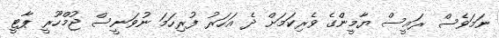
ނަމަވެސް ރައީސް ޔާމީންގެ ވެރިކަމަށް ދެ އަހަރު ފުރިހަމަ ނުވަނީސް ޖުމްހޫރީ ޕާޓީ